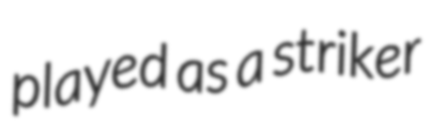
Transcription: played as a striker